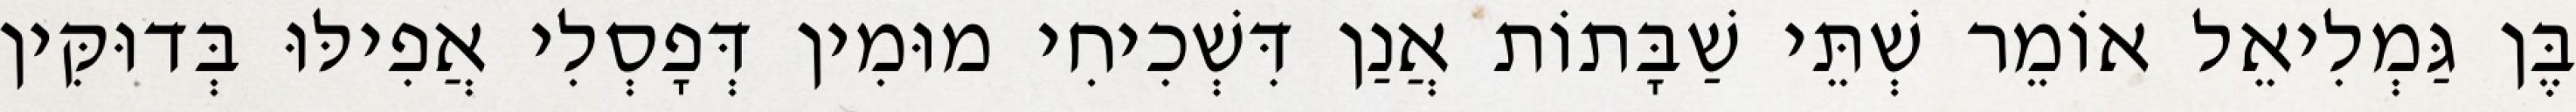
בֶּן גַּמְלִיאֵל אוֹמֵר שְׁתֵּי שַׁבָּתוֹת אֲנַן דִּשְׁכִיחִי מוּמִין דְּפָסְלִי אֲפִילּוּ בְּדוּקִּין